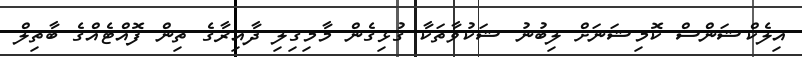
އިލެކްޝަންސް ކޮމިޝަނަށް ލިބުނު ޝަކުވާތަކާ ގުޅިގެން މާމިގިލި ދާއިރާގެ ތިން ފޮއްޓެއްގެ ބާތިލް